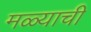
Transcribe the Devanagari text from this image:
मळ्याची